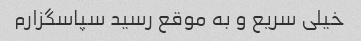
خیلی سریع و به موقع رسید سپاسگزارم